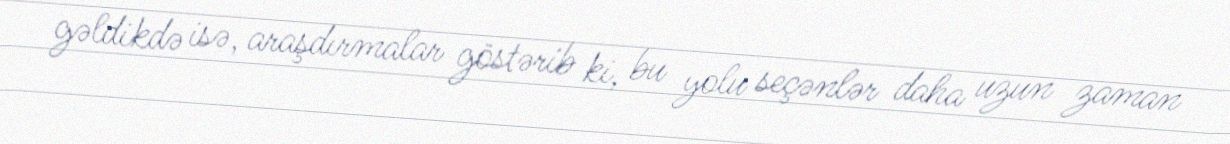
gəldikdə isə, araşdırmalar göstərib ki, bu yolu seçənlər daha uzun zaman